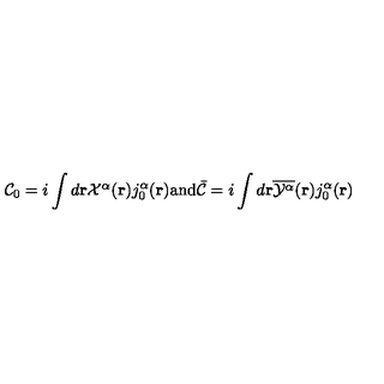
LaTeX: { \cal C } _ { 0 } = i \int d { \bf { r } } { \textstyle { \cal X } ^ { \alpha } } ( { \bf r } ) j _ { 0 } ^ { \alpha } ( { \bf r } ) \mathrm { a n d } { \bar { \cal C } } = i \int d { \bf { r } } \overline { { { \cal Y } ^ { \alpha } } } ( { \bf r } ) j _ { 0 } ^ { \alpha } ( { \bf r } )